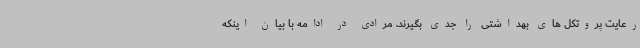
رعایت پروتکل های بهداشتی را جدی بگیرند. مرادی در ادامه با بیان اینکه